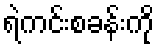
ရဲကင်းစခန်းကို